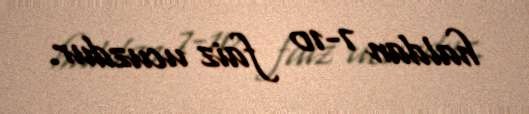
haldan 7-10 faiz ucuzdur.